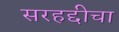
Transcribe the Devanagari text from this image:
सरहद्दीचा